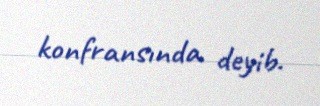
konfransında deyib.